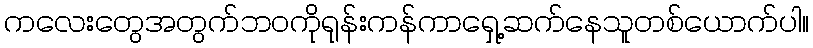
ကလေးတွေအတွက်ဘဝကိုရုန်းကန်ကာရှေ့ဆက်နေသူတစ်ယောက်ပါ။